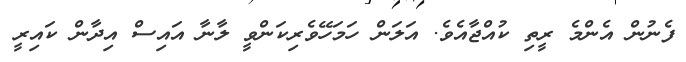
ފެނުން އެންމެ ރީތި ކުއްޖާއެވެ. އަލަން ހަމަހޭވެރިކަންވީ ލާނާ އައިސް އިދާން ކައިރީ